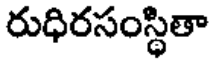
రుధిరసంస్థితా